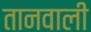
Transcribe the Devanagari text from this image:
तानवाली